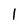
Character: 1